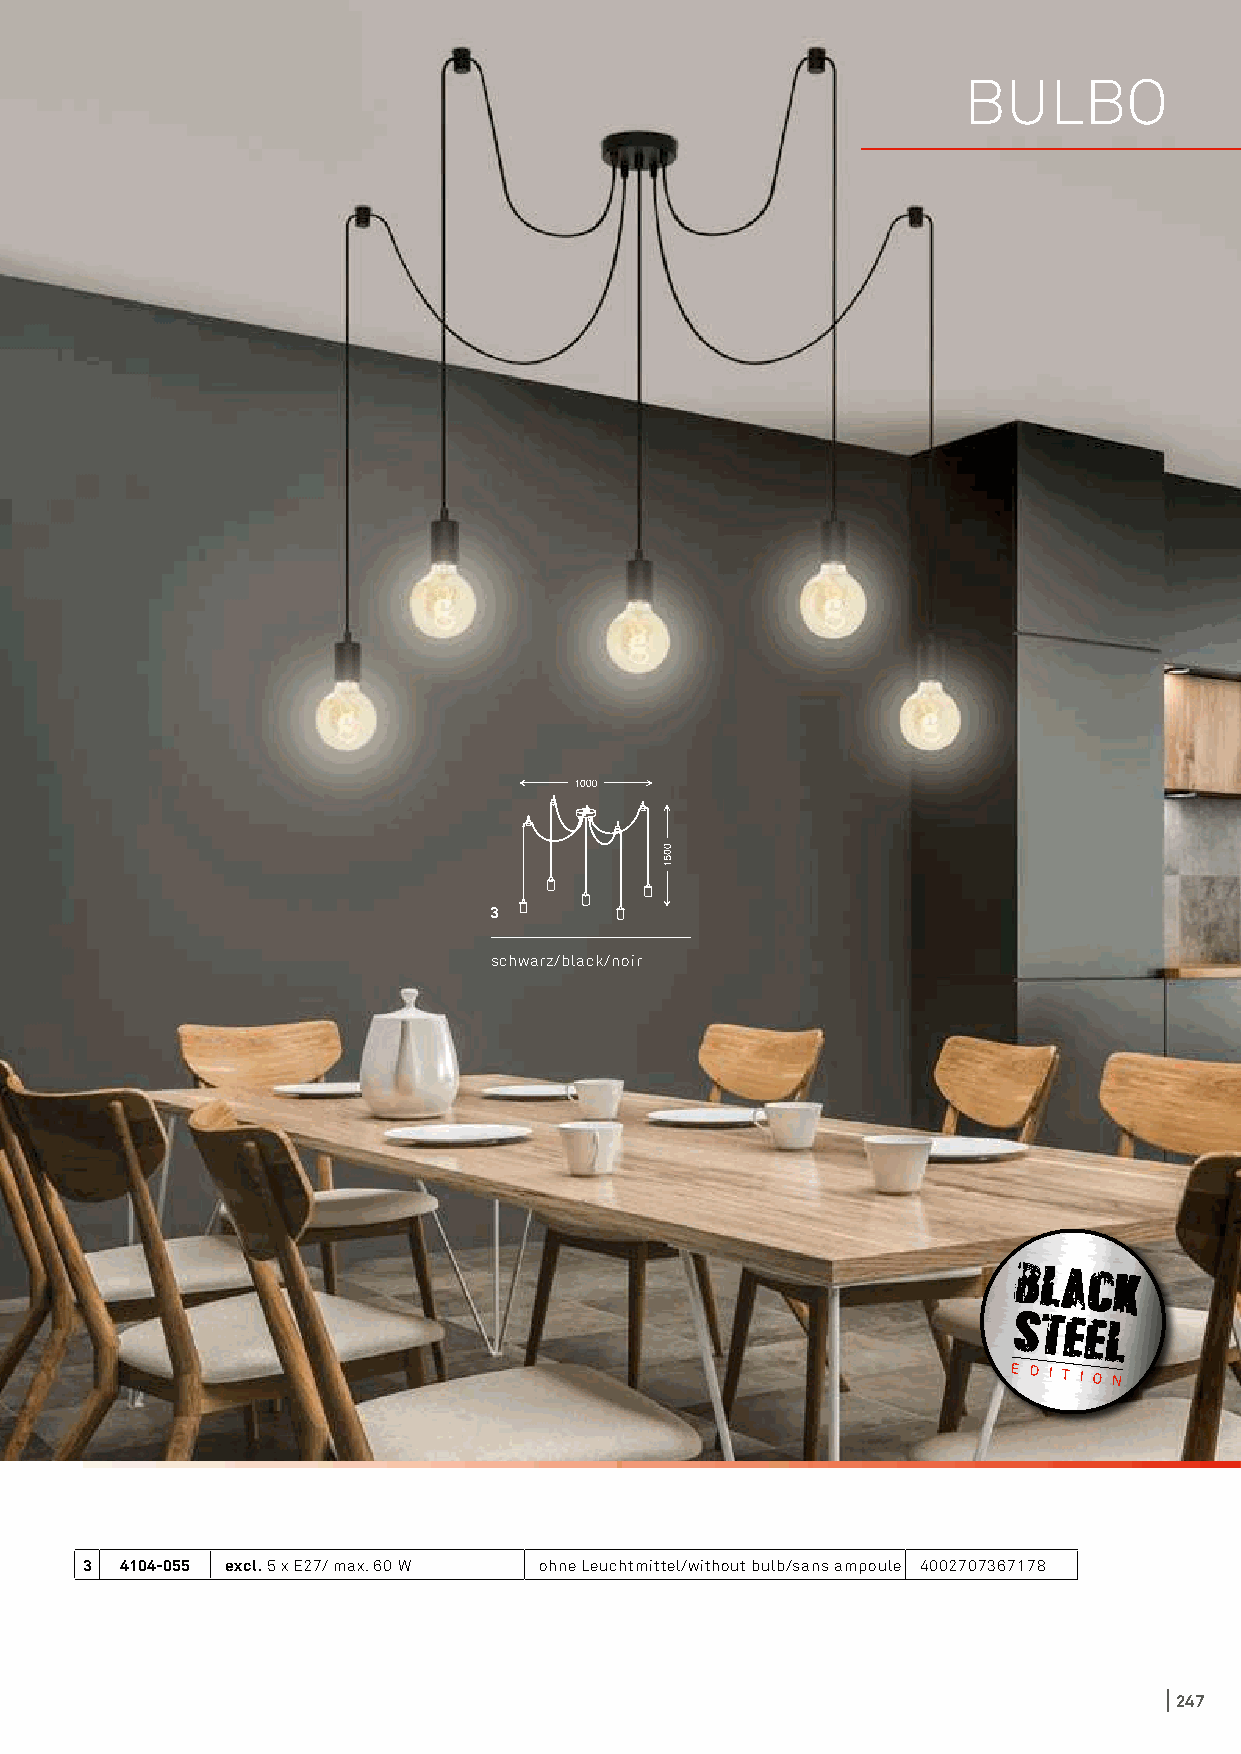
BULBO
 3
 schwarz/black/noir
 E D I T I O N
 3  4104-055 excl. 5 x E27/ max. 60 W ohne Leuchtmittel/without bulb/sans ampoule 4002707367178
 247